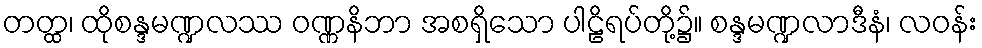
တတ္ထ၊ ထိုစန္ဒမဏ္ဍလဿ ဝဏ္ဏနိဘာ အစရှိသော ပါဠိရပ်တို့၌။ စန္ဒမဏ္ဍလာဒီနံ၊ လဝန်း